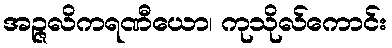
အဉ္ဇလိကရဏီယော၊ ကုသိုလ်ကောင်း